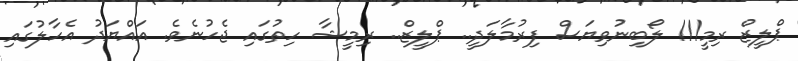
ޕްލީޒް ރިމީ!!! ލޯބިނުވިޔަސް ފިރުމާލަދީ.. ޕްލީޒް.. ރިމީޝާ ހިތުގައި ޖެހުނެވެ. އައްޔަދު އެހާލުގައި